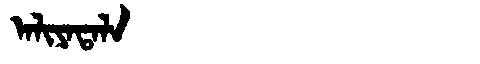
Manchu: ᠠᠯᡳᠶᠠᡨᠠᠯᠠ
Romanization: ALIYATALA